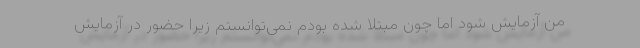
من آزمایش شود اما چون مبتلا شده بودم نمی‌توانستم زیرا حضور در آزمایش